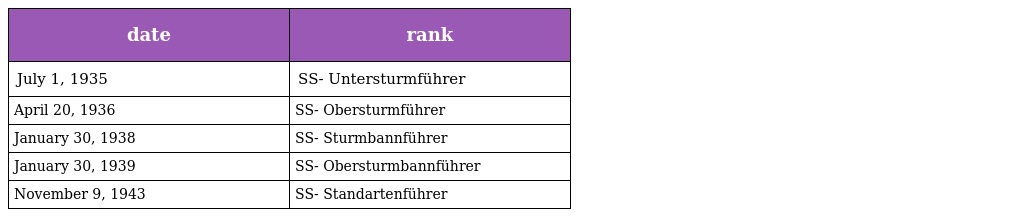
| date | rank |
 | --- | --- |
 | July 1, 1935 | SS- Untersturmführer |
 | April 20, 1936 | SS- Obersturmführer |
 | January 30, 1938 | SS- Sturmbannführer |
 | January 30, 1939 | SS- Obersturmbannführer |
 | November 9, 1943 | SS- Standartenführer |